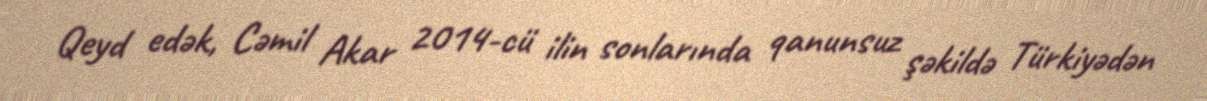
Qeyd edək, Cəmil Akar 2014-cü ilin sonlarında qanunsuz şəkildə Türkiyədən